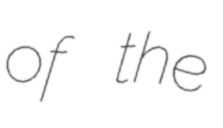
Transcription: of the